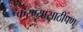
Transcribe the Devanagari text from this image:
करण्यासाठीपण